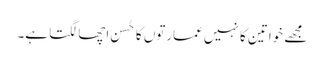
مجھے خواتین کا نہیں عمارتوں کا حُسن اچھا لگتا ہے۔